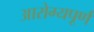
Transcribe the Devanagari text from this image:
आरोग्यपूर्ण